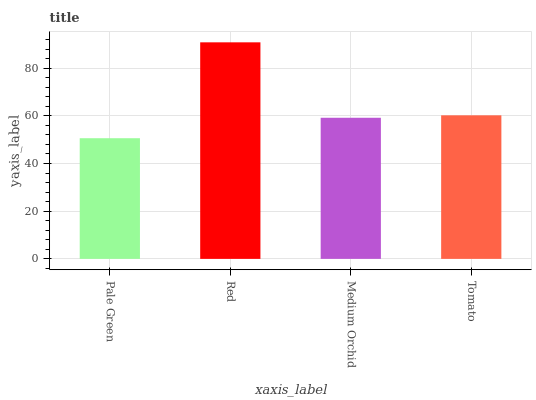
| xaxis_label | bars |
 | --- | --- |
 | Pale Green | 50.6 |
 | Red | 90.8 |
 | Medium Orchid | 59.2 |
 | Tomato | 60.2 |